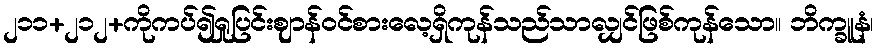
၂၁၁+၂၁၂+ကိုကပ်၍ရှုပြင်းဈာန်ဝင်စားလေ့ရှိကုန်သည်သာလျှင်ဖြစ်ကုန်သော။ ဘိက္ခူနံ၊